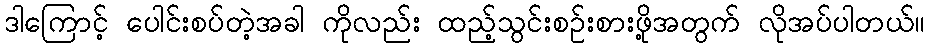
ဒါကြောင့် ပေါင်းစပ်တဲ့အခါ ကိုလည်း ထည့်သွင်းစဉ်းစားဖို့အတွက် လိုအပ်ပါတယ်။